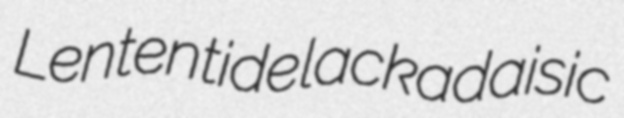
Lententide lackadaisic